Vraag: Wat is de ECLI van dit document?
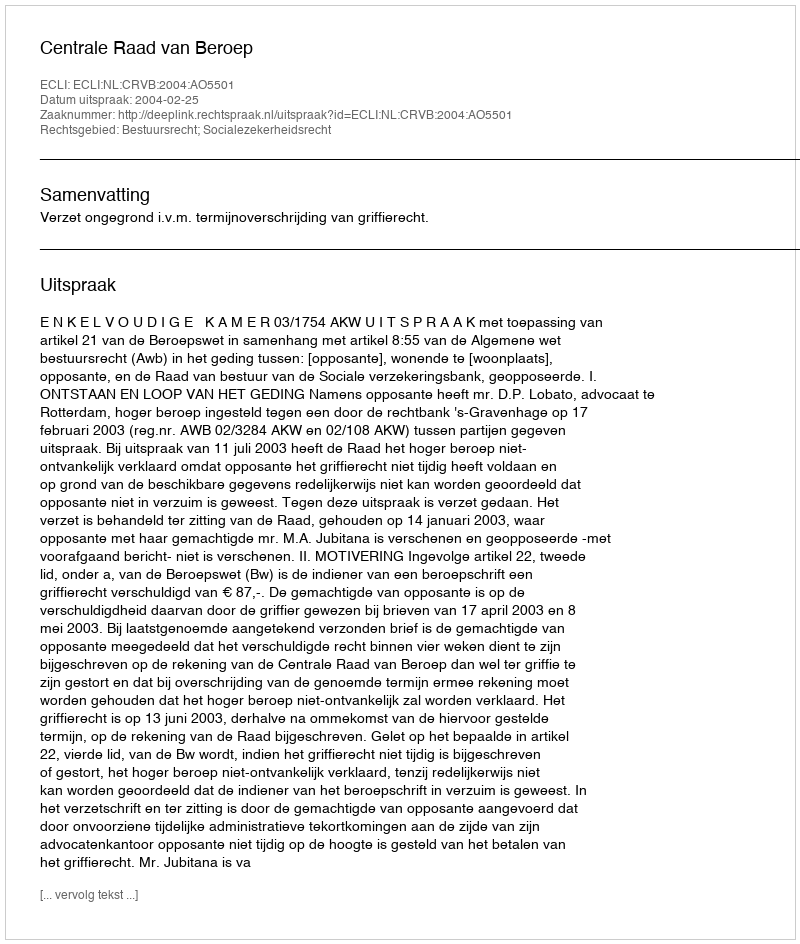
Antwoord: ECLI:NL:CRVB:2004:AO5501